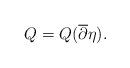
LaTeX: \begin{align*} Q = Q(\overline{\partial} \eta). \end{align*}